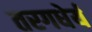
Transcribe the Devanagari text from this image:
तरगधेर्य